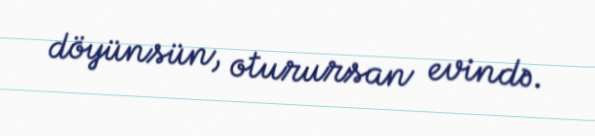
döyünsün, oturursan evində.